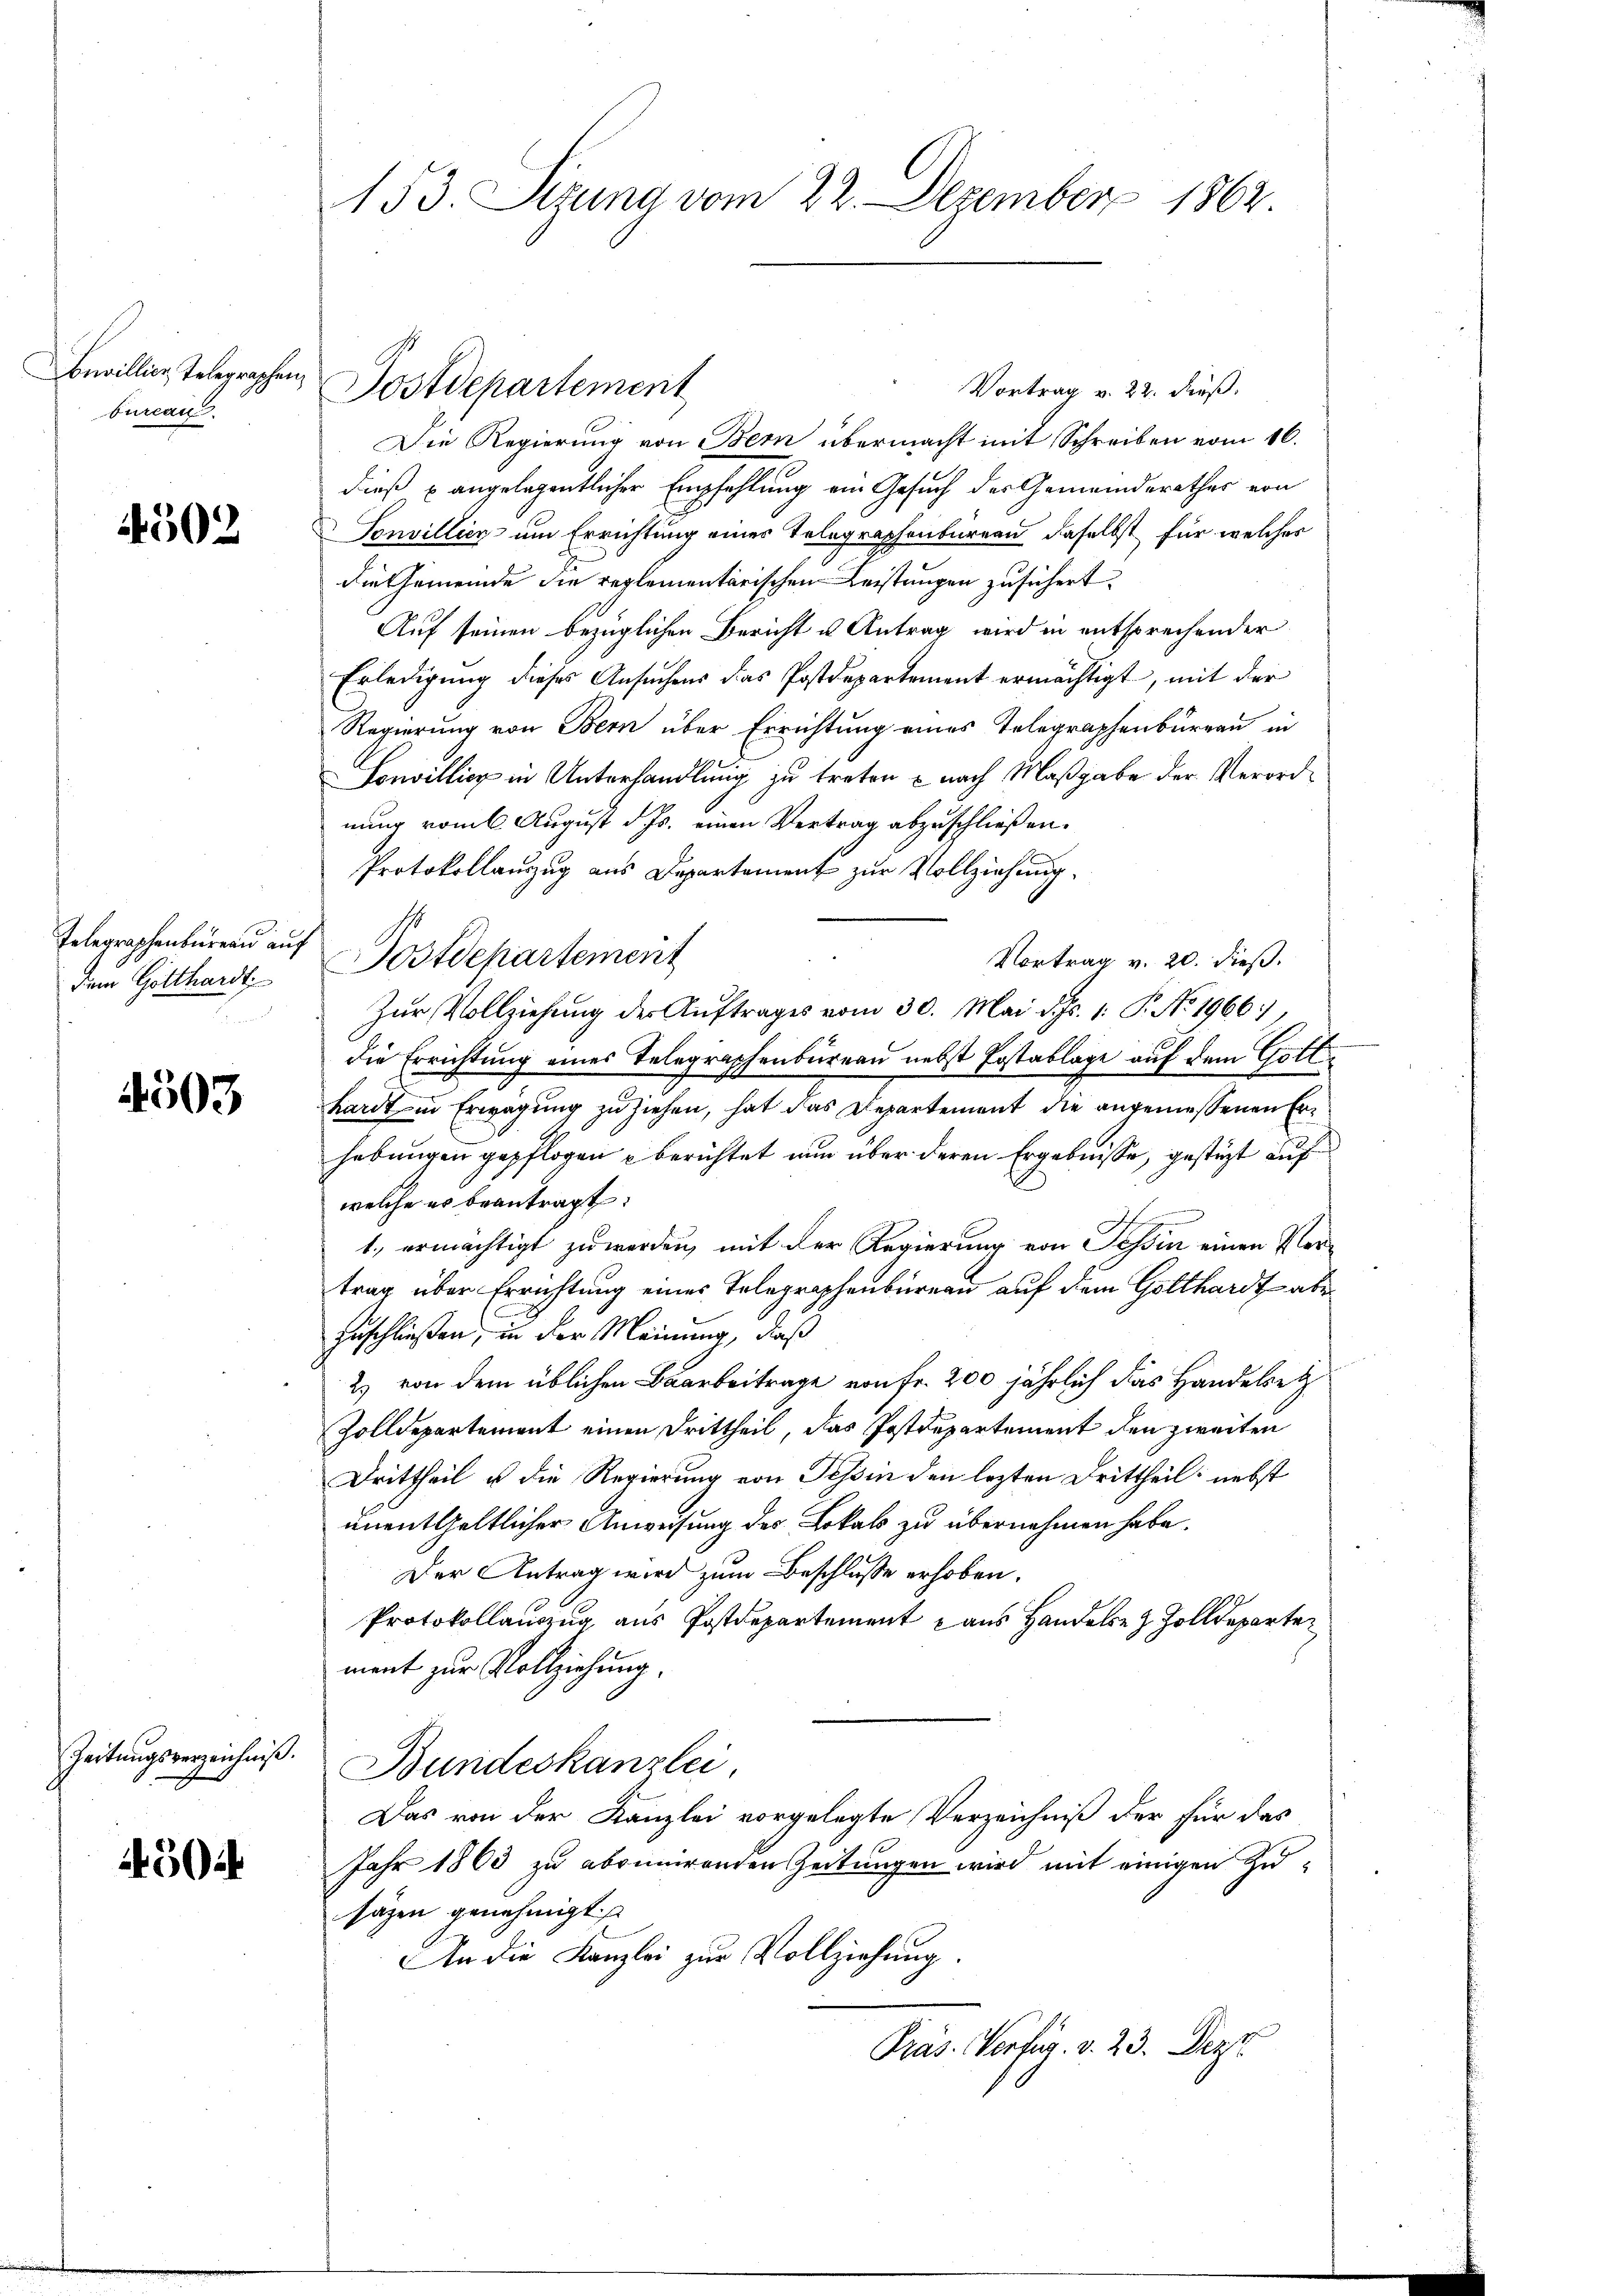
bureau.

1502

Vortrag v. 22. Fuß.
Die Regierung von Bern übermacht mit Schreiben vom 16.
dieß angelegentlicher Empfehlung ein Gesuch der Gemeinderathes von
Sonvillig um Errichtung eines Telegraphenbureau daselbst, für welches
die Gemeinde die reglementarischen Leistungen zusichert.
Auf seinen bezüglichen Bericht u Antrag wird in entsprechender
Erledigung dieses Ansuchens das Postdepartement ermächtigt, mit der
Regierung von Bern über Errichtung eines Telegraphenbureau in
Sonvillicz in Unterhandlung zu treten & nach Maßgabe der Verordnung vom 6. August d. Js. einen Vertrag abzuschließen.
Protokollauzug aus Departement zur Vollziehung,
Postdepartement
Vortrag v. 20. dieß.
Zŭr Vollziehŭng der Aŭftrages vom 30. Mai d. Js. 1. P. No. 1966),
die Errichtung eines Telegraphenbüreau nebst Postablage auf dem Gotthardt in Erwägung zu ziehen, hat das Departement die angemessenen Erhebungen gepflogen u berichtet nun über deren Ergebnisse, gestüzt auf
welche es beantragt:
1., ermächtigt zu werden, mit der Regierung von Tessin einen Vertrag über Errichtung eines Telegraphenbüreau auf dem Gotthardt aber
zuschließen; in der Meinung, daß
2) von dem üblichen Baarbeitrage von fr. 200 jährlich das Handelsetz
Zolldepartement einen Drittheil, das Postdepartement den zweiten
Drittheil u die Regierung von Tessin den lezten Drittheil nebst
unentgeltlicher Anweisung des Lokals zu übernehmen habe.
Der Antrag wird zum Beschlusse erhoben.
Protokollauszug aus Postdepartement aus Handele Zolldeparte
ment zur Vollziehung.
Bundeskanzlei,
Das von der Kanzlei vorgelegte Verzeichniß der für das
Jahr 1863 zu abonnerenden Zeitungen wird mit einigen Zusäzen genehmigt.
An die Kanzlei zur Vollziehung.
Präs. Verfüg. v. 23. Dezt.

Telegraphenbüreau auf
Dem Gotthardt
er unteren

4503

Zeitungsverzeichniß.

504

153. Sezung vom 22. Dezember 1862

Bewillige Telegraphen, Postdepartement